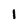
Character: 1